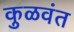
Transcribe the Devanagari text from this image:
कुळवंत